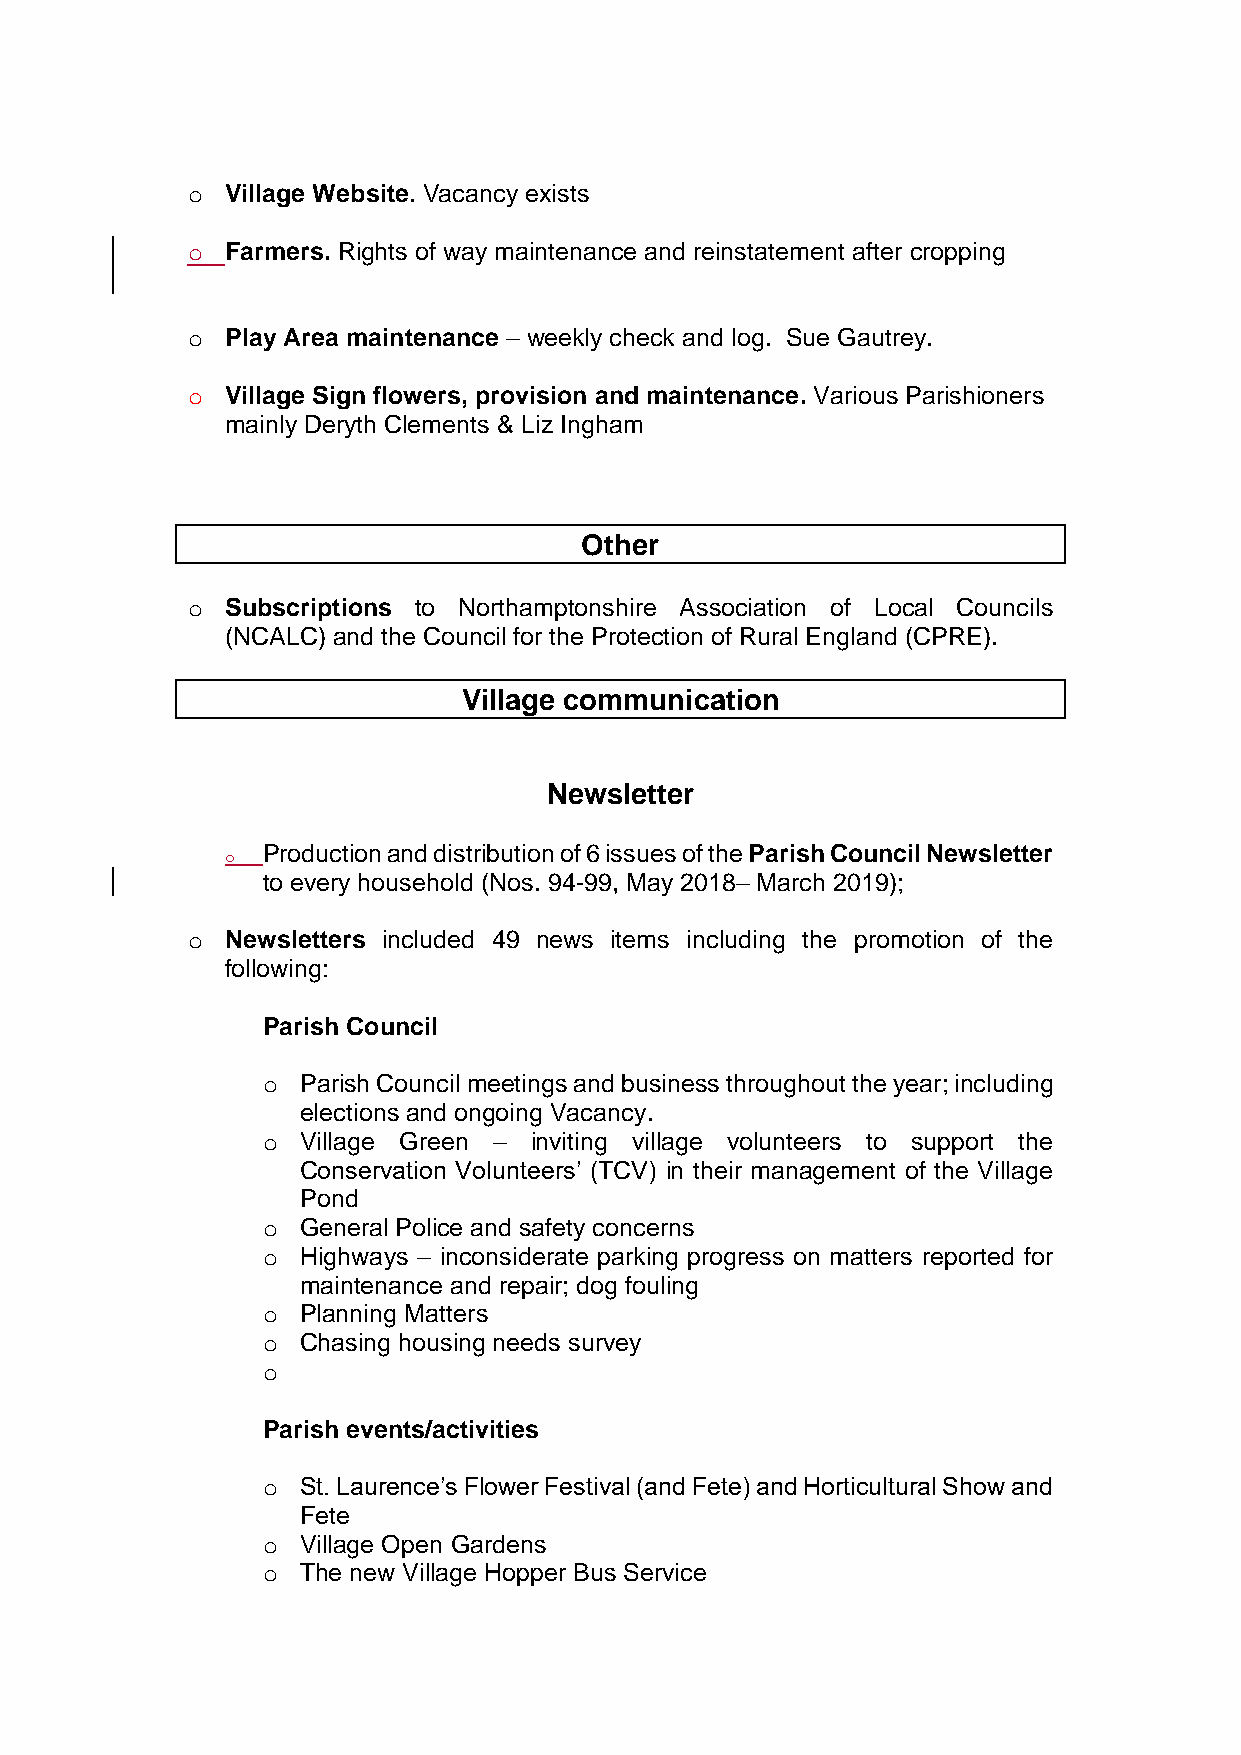
o  Village Website. Vacancy exists
 o  Farmers. Rights of way maintenance and reinstatement after cropping
 o  Play Area maintenance – weekly check and log. Sue Gautrey.
 o  Village Sign flowers, provision and maintenance. Various Parishioners
 mainly Deryth Clements & Liz Ingham
 Other
 o  Subscriptions to Northamptonshire Association of Local Councils
 (NCALC) and the Council for the Protection of Rural England (CPRE).
 Village communication
 Newsletter
 o Production and distribution of 6 issues of the Parish Council Newsletter
 to every household (Nos. 94-99, May 2018– March 2019);
 o  Newsletters included 49 news items including the promotion of the
 following:
 Parish Council
 o  Parish Council meetings and business throughout the year; including
 elections and ongoing Vacancy.
 o  Village Green – inviting village volunteers to support the
 Conservation Volunteers’ (TCV) in their management of the Village
 Pond
 o  General Police and safety concerns
 o  Highways – inconsiderate parking progress on matters reported for
 maintenance and repair; dog fouling
 o  Planning Matters
 o  Chasing housing needs survey
 o
 Parish events/activities
 o  St. Laurence’s Flower Festival (and Fete) and Horticultural Show and
 Fete
 o  Village Open Gardens
 o  The new Village Hopper Bus Service